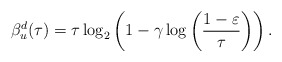
\begin{align*}{\beta}^{d}_u(\tau)=\tau\log_{2}\left( 1-\gamma\log\left( \frac{1-\varepsilon}{\tau} \right) \right).\end{align*}